Report on vaccination in Madras 1922-1929 - 1922-1929
Year: 1922
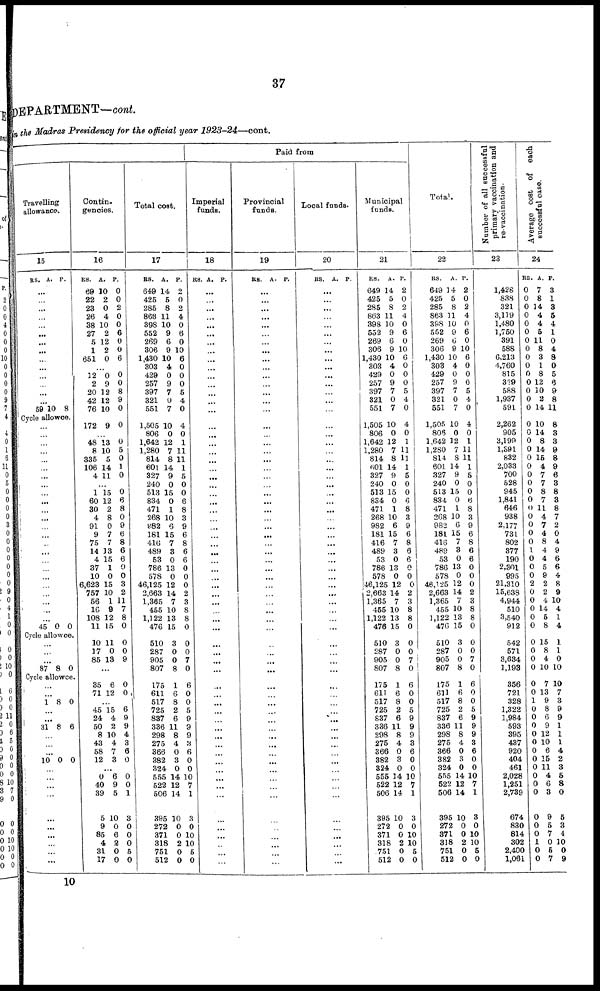
37
DEPARTMENT—cont.
in the Madras Presidency for the official year
1923-24—cont.
Paid from
Travelling
allowance.
15
RS. A. P.
...
...
...
...
...
...
...
...
...
...
...
...
...
...
59 10 8
Cycle allowce.
...
...
...
...
...
...
...
...
...
...
...
...
...
...
...
...
...
...
...
...
...
...
...
...
45 0 0
Cycle allowce.
...
...
...
87 8 0
Cyole allowce.
...
1 8 0
...
...
31 8 6
...
...
...
10 0 0
...
...
...
...
...
...
...
...
...
...
Contin-
gencies.
16
RS.
69
22
23
26
38
27
5
1
651
A.
10
2
0
4
10
2
12
2
0
P.
0
0
2
0
0
6
0
0
6
...
12
2
20
42
76
0
9
12
12
10
0
0
8
9
0
172 9 0
...
48
8
335
106
4
13
10
5
14
11
0
5
0
1
0
...
1
60
30
4
91
9
75
14
4
37
10
6,623
757
56
16
108
11
15
12
2
8
0
7
7
13
15
1
0
15
10
1
9
12
15
0
6
8
0
9
6
8
6
6
0
0
3
2
11
7
8
0
10
17
85
11
0
13
0
0
9
...
35
71
6
12
0
0
...
45
24
50
8
43
58
12
15
4
2
10
4
7
3
6
9
9
4
3
6
0
...
0
40
39
85
9
85
4
3
17
6
9
5
10
0
6
2
0
0
0
0
1
3
0
0
0
5
0
Total cost.
17
RS.
649
425
285
868
398
552
269
306
1,430
303
429
257
397
321
551
A.
14
5
8
11
10
9
6
9
10
4
0
9
7
0
7
P.
0
0
2
4
0
6
0
10
6
0
0
0
5
4
0
1,505
806
1,642
1,280
814
601
327
240
513
834
471
268
882
181
416
489
53
786
578
46,125
2,663
1,365
455
1,122
476
10
0
12
7
8
14
9
0
15
0
1
10
6
15
7
3
0
13
0
12
14
7
10
13
15
4
0
1
11
11
1
5
0
0
6
8
3
9
6
8
6
6
0
0
0
2
3
8
8
0
510
287
905
807
3
0
0
8
0
0
7
0
175
611
517
725
837
337
298
275
366
382
324
555
522
506
395
272
371
318
751
512
. 1
6
8
2
6
11
8
4
0
3
0
14
12
14
10
0
0
2
0
0
6
0
0
5
9
9
9
3
6
0
0
10
7
1
3
0
10
10
5
0
Imperial
funds.
18
RS. A. P.
...
...
...
...
...
...
...
...
...
...
...
...
...
...
...
...
...
...
...
...
...
...
...
...
...
...
...
...
...
...
...
...
...
...
...
...
...
...
...
...
...
...
...
...
...
...
...
...
...
...
...
...
...
...
...
...
...
...
...
...
...
...
...
...
...
Provincial
funds.
19
RS. A. P.
...
...
...
...
...
...
...
...
...
...
...
...
...
...
...
...
...
...
...
...
...
...
...
...
...
...
...
...
...
...
...
...
...
...
...
...
...
...
...
...
...
...
...
...
...
...
...
...
...
...
...
...
...
...
...
...
...
...
...
...
...
...
...
...
...
Local funds.
20
RS. A. P.
...
...
...
...
...
...
...
...
...
...
...
...
...
...
...
...
...
...
...
...
...
...
...
...
...
...
...
...
...
...
...
...
...
...
...
...
...
...
...
...
...
...
...
...
...
...
...
...
...
...
...
...
...
...
...
...
...
...
...
...
...
...
...
...
...
Municipal
funds.
21
RS.
649
425
285
863
398
552
269
306
1,430
303
429
257
397
321
551
A.
14
5
8
11
10
9
6
9
10
4
0
9
7
0
7
P.
2
0
2
4
0
6
0
10
6
0
0
0
5
4
0
1,505
806
1,642
1,280
814
601
327
240
513
834
471
268
982
181
416
489
53
786
578
46,125
2,663
1,365
455
1,122
476
10
0
12
7
8
14
9
0
15
0
1
10
6
15
7
3
0
13
0
12
14
7
10
13
15
4
0
1
11
11
1
5
0
0
6
8
3
9
6
8
6
6
0
0
0
2
3
8
8
0
510
287
905
807
3
0
0
8
0
0
7
0
175
611
517
725
837
336
298
275
366
382
324
555
522
506
395
272
371
318
751
512
1
6
8
2
6
11
8
4
0
3
0
14
12
14
10
0
0
2
0
0
6
0
0
5
9
9
9
3
6
0
0
10
7
1
3
0
10
10
5
0
Total.
22
RS.
649
425
285
863
398
552
269
306
1,430
303
429
257
397
321
551
A.
14
5
8
11
10
9
6
9
10
4
0
9
7
0
7
P.
2
0
2
4
0
6
0
10
6
0
0
0
5
4
0
1,505
806
1,642
1,280
814
601
327
240
513
834
471
268
982
181
416
489
53
786
578
46,125
2,663
1,365
455
1,122
476
10
0
12
7
8
14
9
0
15
0
1
10
6
15
7
3
0
13
0
12
14
7
10
13
15
4
0
1
11
11
1
5
0
0
6
8
3
9
6
8
6
6
0
0
0
2
3
8
8
0
510
287
905
807
3
0
0
8
0
0
7
0
1
175
611
517
725
837
336
298
275
366
382
324
555
522
506
395
272
371
318
751
512
1
6
8
2
6
11
8
4
0
3
0
14
12
14
10
0
0
2
0
0
6
0
0
5
9
9
9
3
6
0
0
10
7
1
3
0
10
10
5
0
Number of all successful
primary vaccination and
re-vaccination.
23
1,428
838
321
3,119
1,480
1,750
391
588
6,213
4,760
815
329
588
1,937
591
2,262
905
3,199
1,391
832
2,033
700
528
945
1,841
646
938
2,177
731
802
377
190
2,301
995
21,310
15,638
4,944
510
3,540
912
542
571
3,634
1,193
356
721
328
1,322
1,984
593
395
437
920
404
461
2,028
1,251
2,739
674
830
814
302
2,400
1,061
Average cost of each
successful case.
24
RS.
0
0
0
0
0
0
0
0
0
0
0
0
0
0
0
A.
7
8
14
4
4
5
11
8
3
1
8
12
10
2
14
P.
3
1
3
5
4
1
0
4
8
0
5
6
9
8
11
0
0
0
0
0
0
0
0
0
0
0
0
0
0
0
1
0
0
0
2
0
0
0
0
0
10
14
8
14
15
4
7
7
8
7
11
4
7
4
8
4
4
5
9
2
2
4
14
5
8
8
3
3
9
8
9
6
3
8
3
8
7
2
0
4
9
6
6
4
8
9
10
4
1
4
0
0
0
0
15
8
4
10
1
1
0
10
0
0
1
0
0
0
0
0
0
0
0
0
0
0
0
0
0
1
0
0
7
13
9
8
6
9
12
10
6
15
11
4
6
3
9
5
7
0
5
7
10
7
3
9
9
1
1
1
4
2
3
5
8
0
5
3
4
10
0
9
10